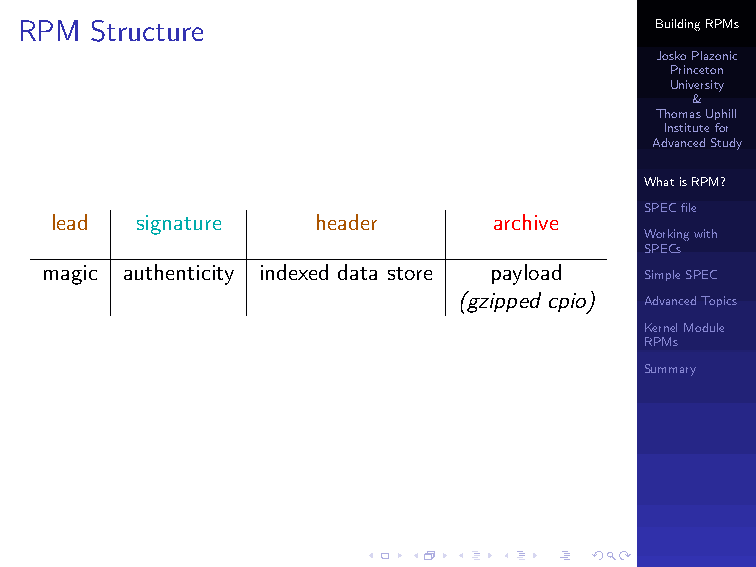
RPM  Structure                            BuildingRPMs
 JoskoPlazonic
 Princeton
 University
 &
 ThomasUphill
 Institutefor
 AdvancedStudy
 WhatisRPM?
 SPECfile
 lead  signature   header      archive
 Workingwith
 SPECs
 magic authenticity indexed data store payload
 SimpleSPEC
 (gzipped cpio) AdvancedTopics
 KernelModule
 RPMs
 Summary